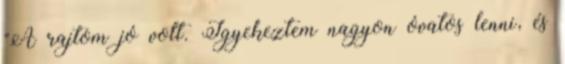
"A rajtom jó volt. Igyekeztem nagyon óvatos lenni, és